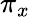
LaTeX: \pi_{x}